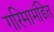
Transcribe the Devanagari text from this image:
गरिमामंडित